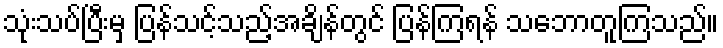
သုံးသပ်ပြီးမှ ပြန်သင့်သည့်အချိန်တွင် ပြန်ကြရန် သဘောတူကြသည်။